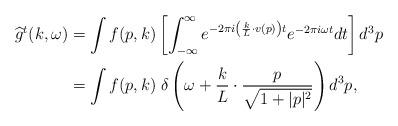
LaTeX: \begin{align*}\widehat{g}^{t}(k,\omega) &= \int f(p,k) \left[\int_{-\infty}^{\infty} e^{-2\pi i \left(\frac{k}{L} \cdot v(p)\right)t} e^{-2 \pi i \omega t}dt\right]d^3p\\&=\int f(p,k) \; \delta\left(\omega + \frac{k}{L} \cdot \frac{p}{\sqrt{1+\lvert p \rvert^2}}\right)d^3p,\end{align*}